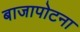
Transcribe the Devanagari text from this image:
बाजापोटना